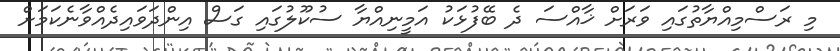
މި ރަސްމިއްޔާތުގައި ވަރަށް ޚާއްސަ ދެ ބޭފުޅަކު އަމީނިއްޔާ ސުކޫލުގައި ގަސް އިންދަވައިދެއްވާނެކަމަށް